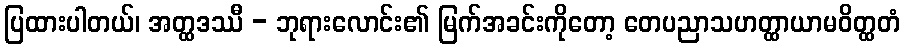
ပြထားပါတယ်၊ အတ္ထဒဿီ - ဘုရားလောင်း၏ မြက်အခင်းကိုတော့ တေပညာသဟတ္ထာယာမဝိတ္ထတံ